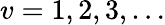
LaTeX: v=1,2,3,\dots